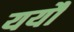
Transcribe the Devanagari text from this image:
ययौ